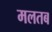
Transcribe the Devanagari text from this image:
मलतब